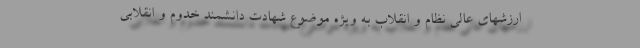
ارزشهای عالی نظام و انقلاب به ویژه موضوع شهادت دانشمند خدوم و انقلابی